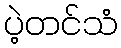
ပဲ့တင်သံ